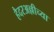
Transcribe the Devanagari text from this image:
हैदरअल्लीच्या